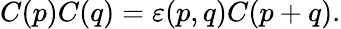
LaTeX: C(p)C(q)=\varepsilon(p,q)C(p+q).